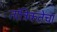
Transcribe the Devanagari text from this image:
तांत्रिकतेचा